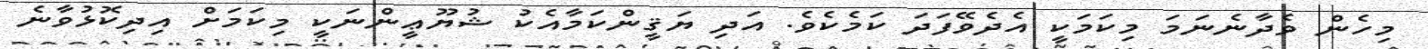
މިހެން ވެދާނެނަމަ މިކަމަކީ އެދެވޭފަދަ ކަމެކެވެ. އަދި ޔަޤީންކަމާއެކު ޝުޔޫޢީންނަކީ މިކަމަށް އިދިކޮޅުވާނެ